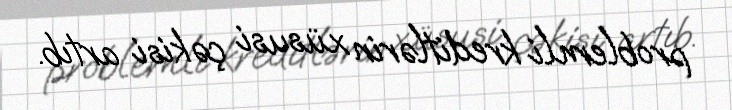
problemli kreditlərin xüsusi çəkisi artıb.